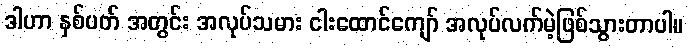
ဒါဟာ နှစ်ပတ် အတွင်း အလုပ်သမား ငါးထောင်ကျော် အလုပ်လက်မဲ့ဖြစ်သွားတာပါ။